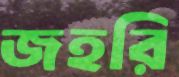
জহরি